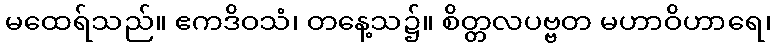
မထေရ်သည်။ ဧကဒိဝသံ၊ တနေ့သ၌။ စိတ္တလပဗ္ဗတ မဟာဝိဟာရေ၊